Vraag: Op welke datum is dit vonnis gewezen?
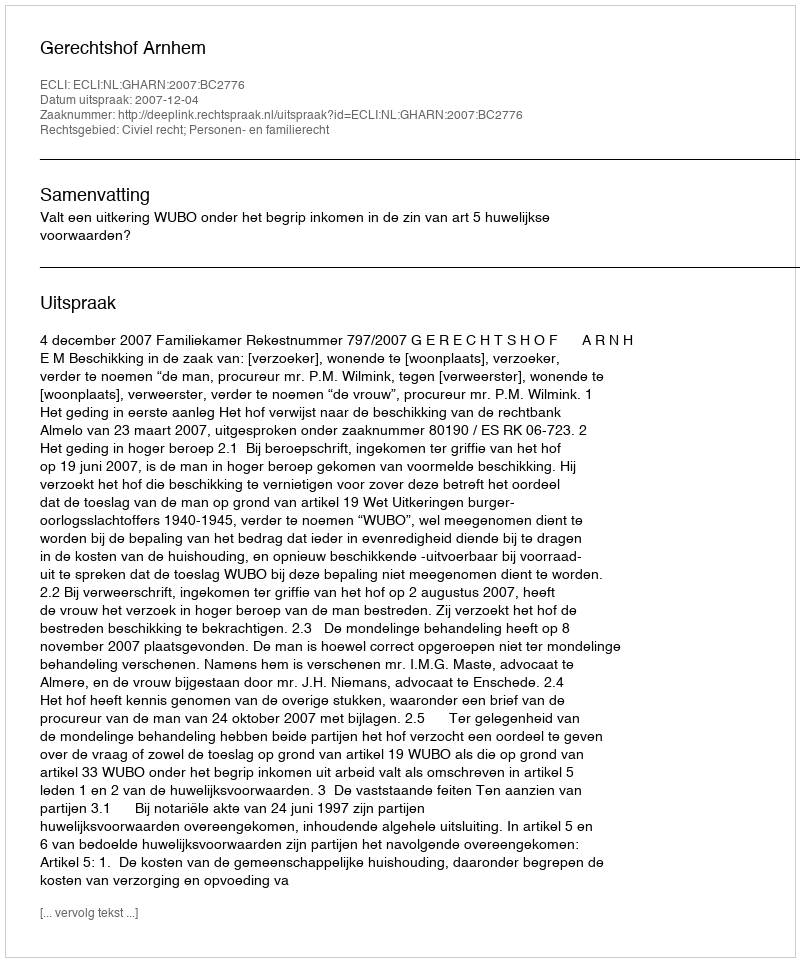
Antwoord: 2007-12-04